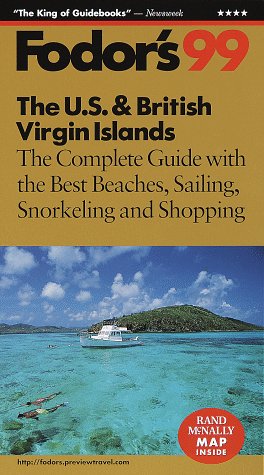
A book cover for The U.S. and British Virgin Islands '99: The Complete Guide with the Best Beaches, Sailing, Snorkeling and Shopping (Fodor's Us and British Virgin Islands); Fodor's; Travel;